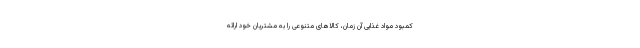
کمبود مواد غذایی آن زمان، کالاهای متنوعی را به مشتریان خود ارائه